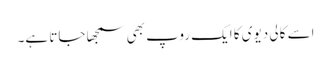
اسے کالی دیوی کا ایک روپ بھی سمجھا جاتا ہے۔